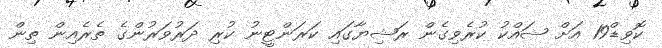
ކޮވިޑް19 އަށް ޝައްކު ކުރެވިގެން ރަޝިޔާގައި ކަރަންޓީނު ކުރި ދަރުވަރުންގެ ތެރެއިން ތިން